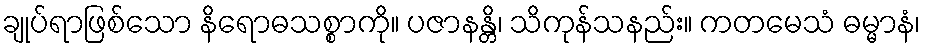
ချုပ်ရာဖြစ်သော နိရောဓသစ္စာကို။ ပဇာနန္တိ၊ သိကုန်သနည်း။ ကတမေသံ ဓမ္မာနံ၊